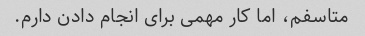
متاسفم، اما کار مهمی برای انجام دادن دارم.